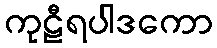
ကုဠီရပါဒကော